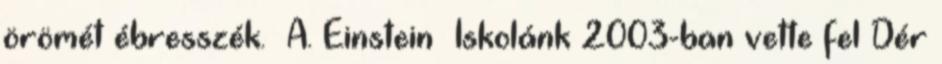
örömét ébresszék. A. Einstein Iskolánk 2003-ban vette fel Dér